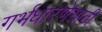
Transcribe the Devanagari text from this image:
गर्भधारणेसाठी